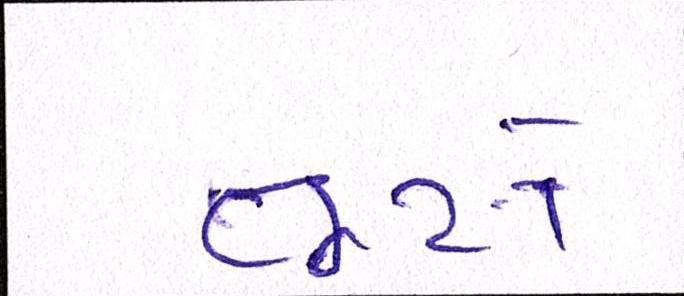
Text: તૂટો